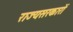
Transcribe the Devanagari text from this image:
राज्यसरकारों